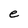
Character: e